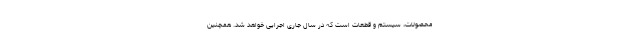
محصولات، سیستم و قطعات است که در سال جاری اجرایی خواهد شد. همچنین